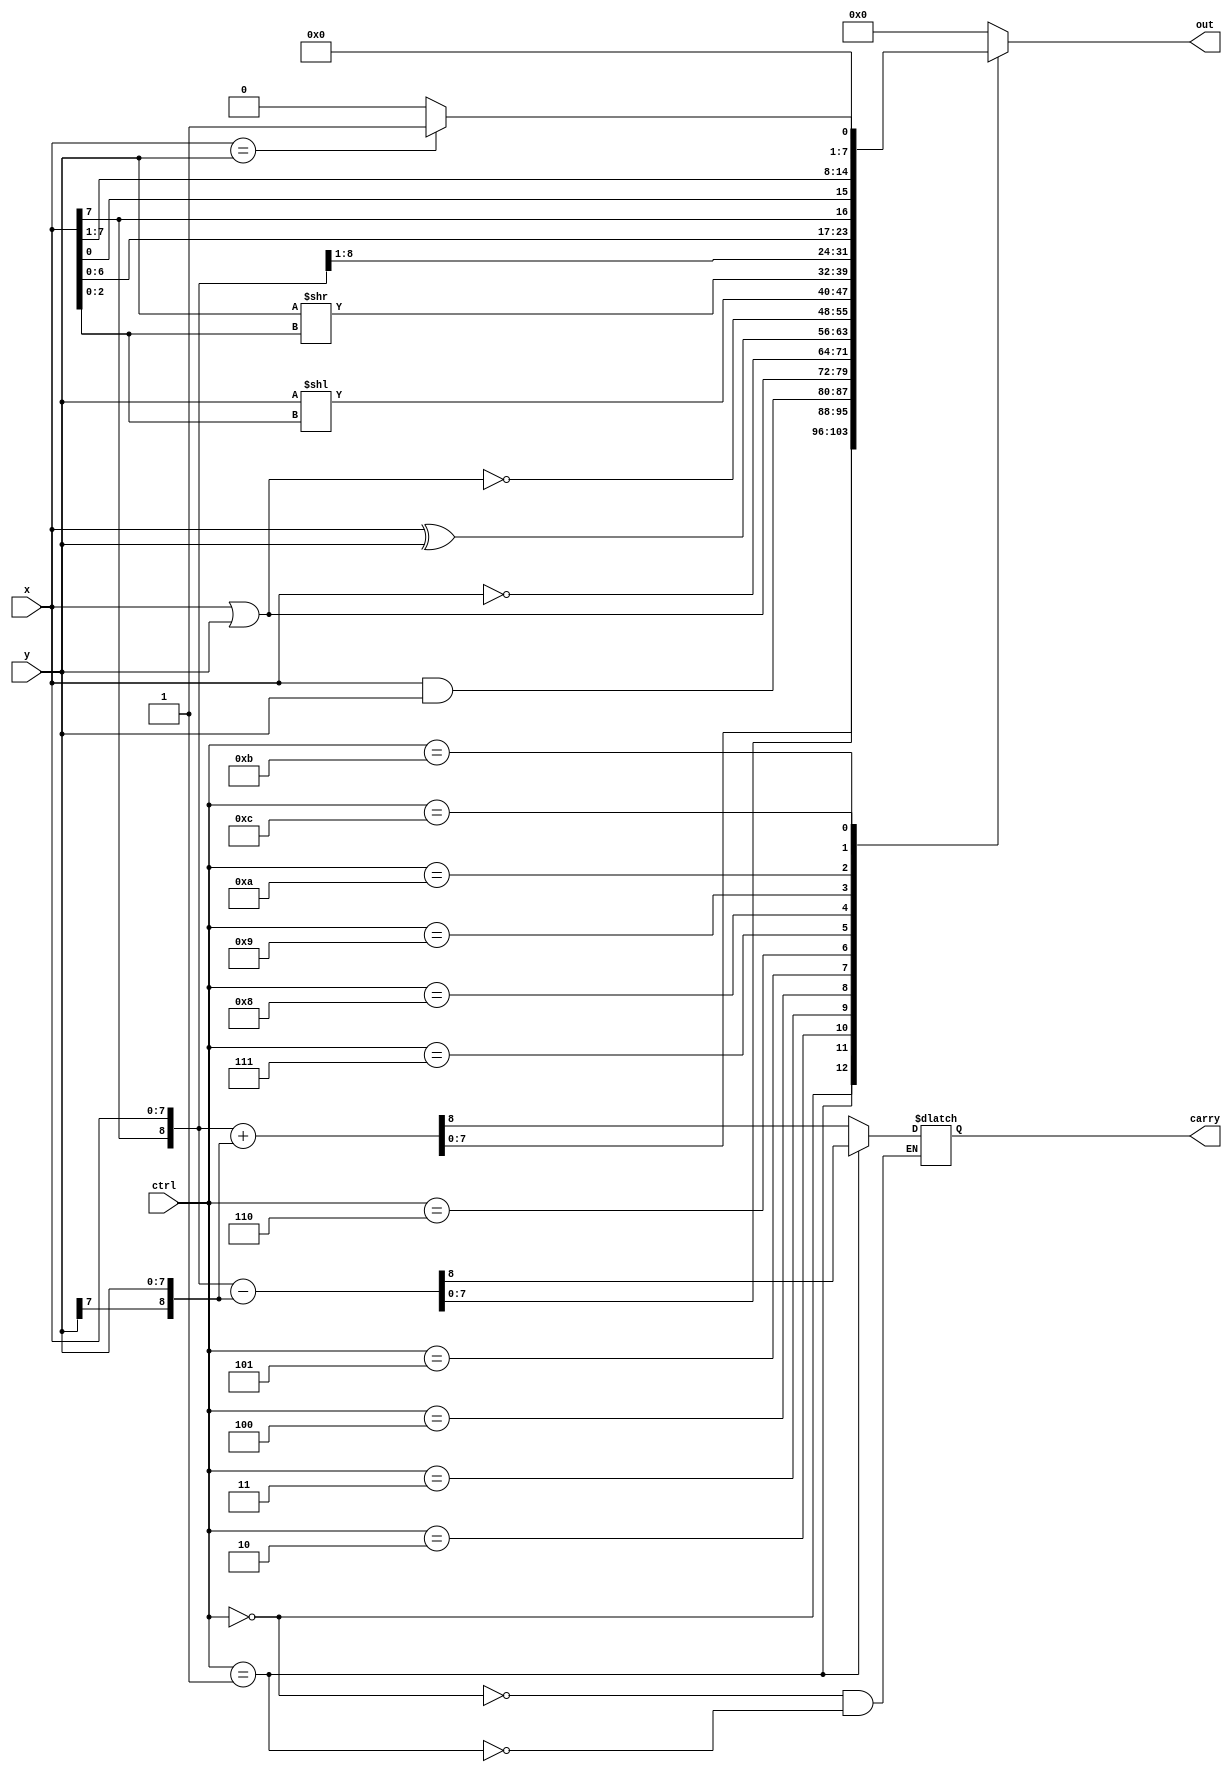
//Behavior level (event-driven) 
module alu(ctrl,x,y,carry,out);
    
    input  [3:0] ctrl;
    input  [7:0] x;
    input  [7:0] y;
    output       carry;
    output [7:0] out;
	
	reg carry; 
	reg [7:0] out;
	
	always @(ctrl or x or y) begin
		case(ctrl)
		4'b0000: {carry, out [7:0]} = ({x[7],x}+{y[7],y});
		4'b0001: {carry, out [7:0]} = ({x[7],x}-{y[7],y});
		4'b0010: out = (x&y);
		4'b0011: out = (x|y);
		4'b0100: out = (~x) ;
		4'b0101: out = (x^y);
		4'b0110: out = (~(x|y));
		4'b0111: out = (y << x[2:0]);
		4'b1000: out = (y >> x[2:0]);
		4'b1001: out = ({x[7],x[7:1]});
		4'b1010: out = ({x[6:0],x[7]});
		4'b1011: out = ({x[0],x[7:1]});
		4'b1100: out = ((x==y)?1:0);
		default: out = 0;
		
		endcase 
		
	end
    

endmodule